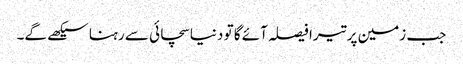
جب زمین پر تیرا فیصلہ آئے گا تو دنیا سچائی سے رہنا سیکھے گے۔